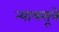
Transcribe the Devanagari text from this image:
न्यायसूत्रे